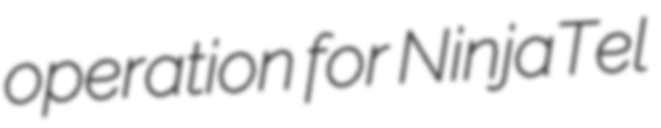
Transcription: operation for NinjaTel